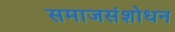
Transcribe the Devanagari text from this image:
समाजसंशोधन